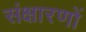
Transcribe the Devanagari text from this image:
संक्षारणों